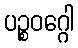
ပဉ္စဝဂ္ဂေါ